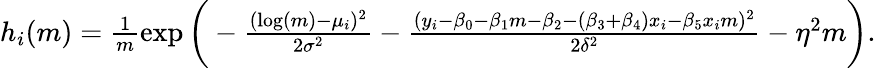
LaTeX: \begin{array}{r}{h_{i}(m)=\frac{1}{m}\exp\bigg(-\frac{(\log(m)-\mu_{i})^{2}}{2\sigma^{2}}-\frac{(y_{i}-\beta_{0}-\beta_{1}m-\beta_{2}-(\beta_{3}+\beta_{4})x_{i}-\beta_{5}x_{i}m)^{2}}{2\delta^{2}}-\eta^{2}m\bigg).}\end{array}